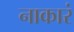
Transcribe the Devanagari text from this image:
नाकारं